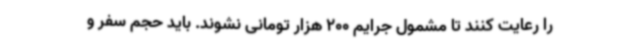
را رعایت کنند تا مشمول جرایم 200 هزار تومانی نشوند. باید حجم سفر و